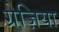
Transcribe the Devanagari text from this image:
ग्रेज़िया